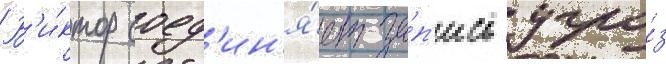
В'и́ктор соед'ин'я́ет за́п'ись угро́з